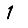
Digit: 1